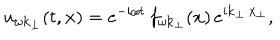
LaTeX: u _ { \omega \bf k _ { \perp } } ( t , { \bf x } ) = e ^ { - i \omega t } \, f _ { \omega { \bf k } _ { \perp } } ( x ) \, e ^ { i { \bf k } _ { \perp } \cdot { \bf x } _ { \perp } } ,